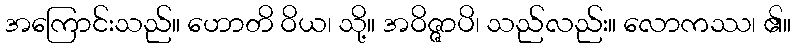
အကြောင်းသည်။ ဟောတိ ဝိယ၊ သို့။ အဝိဇ္ဇာပိ၊ သည်လည်း။ လောကဿ၊ ၏။